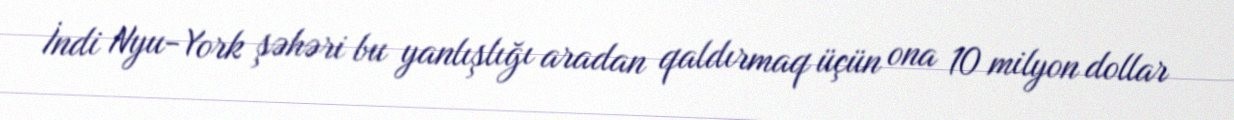
İndi Nyu-York şəhəri bu yanlışlığı aradan qaldırmaq üçün ona 10 milyon dollar